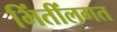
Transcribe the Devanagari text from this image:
भिंतींलगत